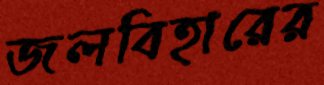
জলবিহারের